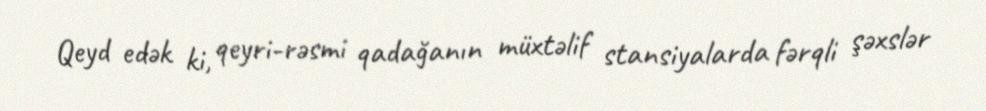
Qeyd edək ki, qeyri-rəsmi qadağanın müxtəlif stansiyalarda fərqli şəxslər